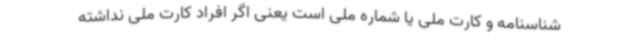
شناسنامه و کارت ملی یا شماره ملی است یعنی اگر افراد کارت ملی نداشته